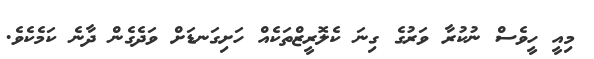
މިއީ ހީވެސް ނުކުރާ ވަރުގެ ގިނަ ކެލޮރީޒްތަކެއް ހަށިގަނޑަށް ވަދެގެން ދާނެ ކަމެކެވެ.